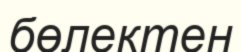
бөлектен